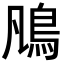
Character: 𩾨